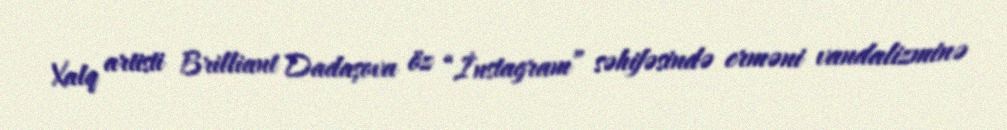
Xalq artisti Brilliant Dadaşova öz “İnstagram” səhifəsində erməni vandalizminə